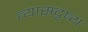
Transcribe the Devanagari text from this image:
त्यासदृष्य